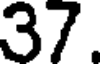
37.